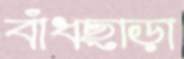
বাঁধছাড়া